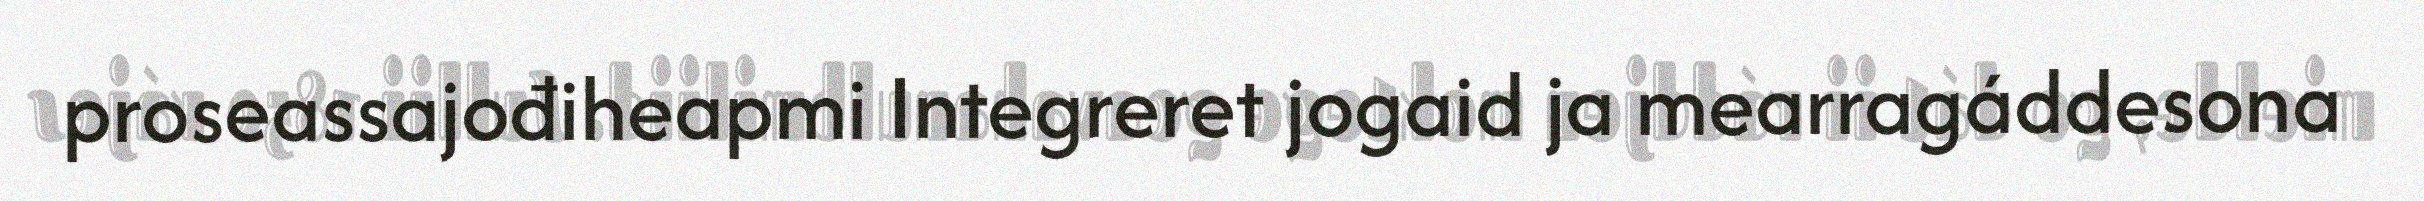
proseassajođiheapmi Integreret jogaid ja mearragáddesona